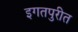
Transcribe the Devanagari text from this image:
इगतपुरीत